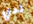
لدي